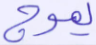
يموج